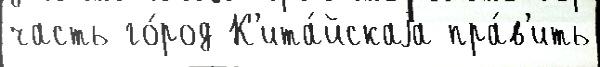
часть го́род К'ита́йскаjа пра́в'ить